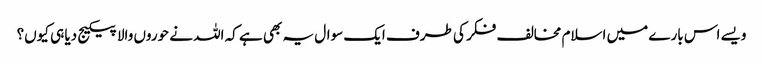
ویسے اس بارے میں اسلام مخالف فکر کی طرف ایک سوال یہ بھی ہے کہ اللہ نے حوروں والا پیکیج دیا ہی کیوں؟